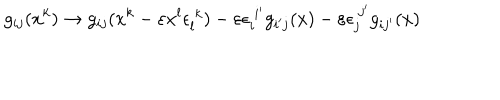
LaTeX: g _ { i j } ( x ^ { k } ) \rightarrow g _ { i j } ( x ^ { k } - \varepsilon x ^ { l } \epsilon _ { l } ^ { ~ k } ) - \varepsilon \epsilon _ { i } ^ { ~ i ^ { \prime } } g _ { i ^ { \prime } j } ( x ) - \varepsilon \epsilon _ { j } ^ { ~ j ^ { \prime } } g _ { i j ^ { \prime } } ( x )